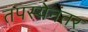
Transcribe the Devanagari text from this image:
तपस्येनंतर